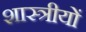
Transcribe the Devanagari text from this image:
शास्त्रीयों